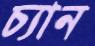
চ্যান